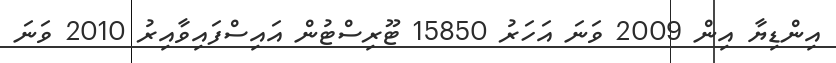
އިންޑިޔާ އިން 2009 ވަނަ އަހަރު 15850 ޓޫރިސްޓުން އައިސްފައިވާއިރު 2010 ވަނަ